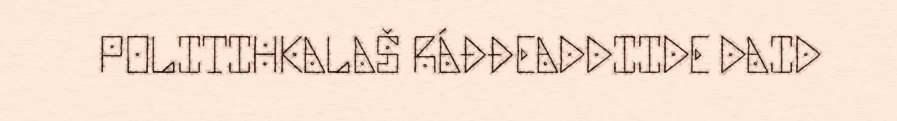
POLITIHKALAŠ RÁĐĐEADDIIDE DAID